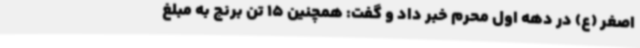
اصغر (ع) در دهه اول محرم خبر داد و گفت: همچنین 15 تن برنج به مبلغ